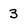
Character: 3